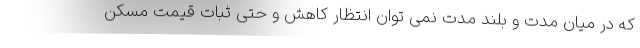
که در میان مدت و بلند مدت نمی توان انتظار کاهش و حتی ثبات قیمت مسکن